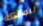
للملكة